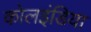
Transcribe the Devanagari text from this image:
कोलइंडिया